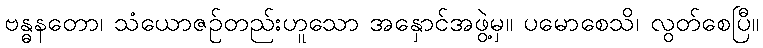
ဗန္ဓနတော၊ သံယောဇဉ်တည်းဟူသော အနှောင်အဖွဲ့မှ။ ပမောစေသိ၊ လွတ်စေပြီ။